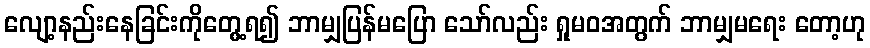
လျော့နည်းနေခြင်းကိုတွေ့ရ၍ ဘာမျှပြန်မပြော သော်လည်း ရှုမဝအတွက် ဘာမျှမရေး တော့ဟု